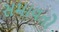
સમાવતો